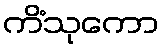
ကိံသုကော